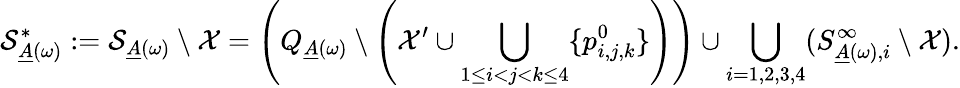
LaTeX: \mathcal{S}_{\underline{{A}}(\omega)}^{*}:=\mathcal{S}_{\underline{{A}}(\omega)}\setminus\mathcal{X}=\left(Q_{\underline{{A}}(\omega)}\setminus\left(\mathcal{X}^{\prime}\cup\bigcup_{1\leq i<j<k\leq 4}\{ p_{i,j,k}^{0}\} \right)\right)\cup\bigcup_{i=1,2,3,4}(S_{\underline{{A}}(\omega),i}^{\infty}\setminus\mathcal{X}).